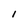
Character: l